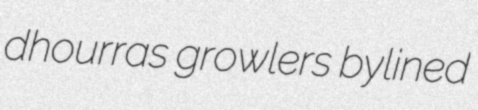
dhourras growlers bylined